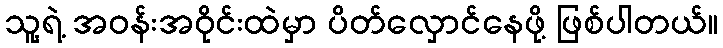
သူ့ရဲ့ အဝန်းအဝိုင်းထဲမှာ ပိတ်လှောင်နေဖို့ ဖြစ်ပါတယ်။